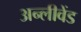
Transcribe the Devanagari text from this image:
अन्लीवेंड